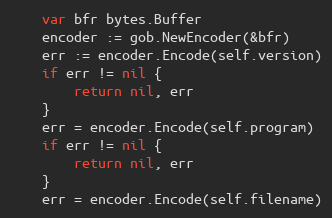
Language: Go
	var bfr bytes.Buffer
	encoder := gob.NewEncoder(&bfr)
	err := encoder.Encode(self.version)
	if err != nil {
		return nil, err
	}
	err = encoder.Encode(self.program)
	if err != nil {
		return nil, err
	}
	err = encoder.Encode(self.filename)